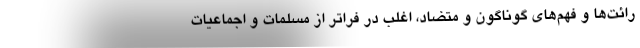
رائت‌ها و فهم‌های گوناگون و متضاد، اغلب در فراتر از مسلمّات و اجماعیات